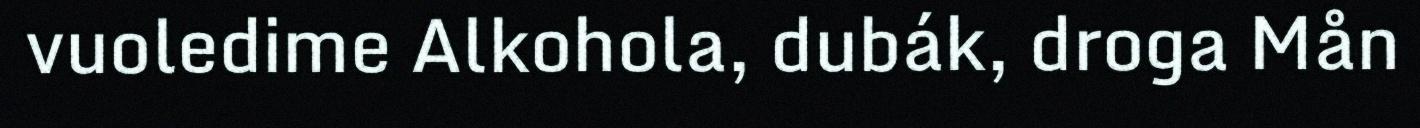
vuoledime Alkohola, dubák, droga Mån